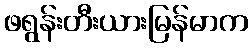
ဖရွန်းတီးယားမြန်မာက